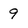
Character: 9